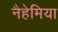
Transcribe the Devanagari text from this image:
नैहेमिया